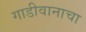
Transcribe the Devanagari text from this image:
गाडीवानाचा